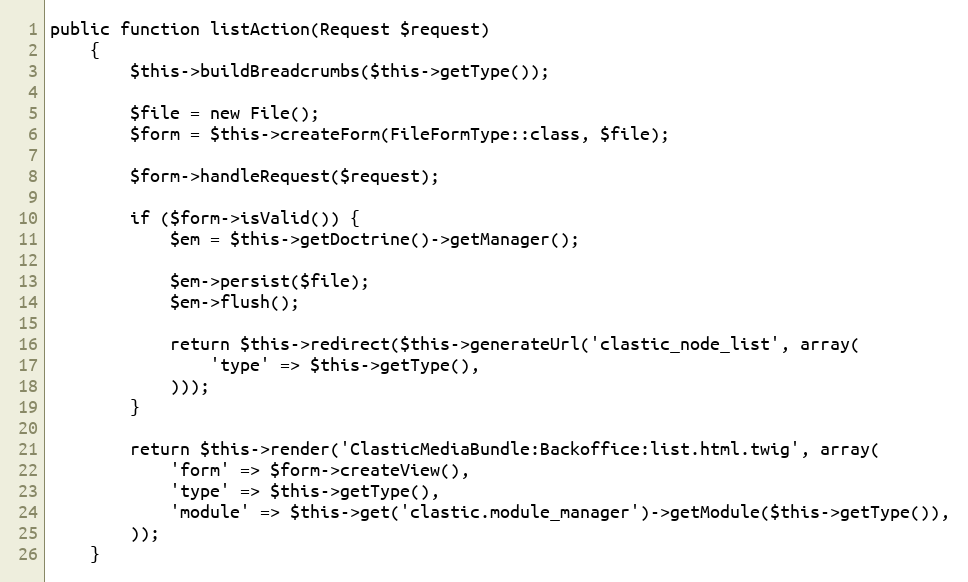
Language: PHP
public function listAction(Request $request)
    {
        $this->buildBreadcrumbs($this->getType());

        $file = new File();
        $form = $this->createForm(FileFormType::class, $file);

        $form->handleRequest($request);

        if ($form->isValid()) {
            $em = $this->getDoctrine()->getManager();

            $em->persist($file);
            $em->flush();

            return $this->redirect($this->generateUrl('clastic_node_list', array(
                'type' => $this->getType(),
            )));
        }

        return $this->render('ClasticMediaBundle:Backoffice:list.html.twig', array(
            'form' => $form->createView(),
            'type' => $this->getType(),
            'module' => $this->get('clastic.module_manager')->getModule($this->getType()),
        ));
    }